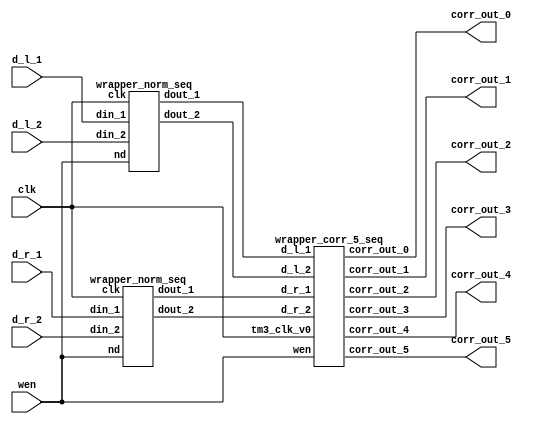

module wrapper_norm_corr_5_seq (clk, wen, d_l_1, d_l_2, d_r_1, d_r_2, corr_out_0, corr_out_1, corr_out_2, corr_out_3, corr_out_4, corr_out_5);

   parameter sh_reg_w  = 4'b1000;
   input clk; 
   input wen; 
   input[15:0] d_l_1; 
   input[15:0] d_l_2; 
   input[15:0] d_r_1; 
   input[15:0] d_r_2; 
   output[2 * sh_reg_w - 1:0] corr_out_0; 
   wire[2 * sh_reg_w - 1:0] corr_out_0;
   output[2 * sh_reg_w - 1:0] corr_out_1; 
   wire[2 * sh_reg_w - 1:0] corr_out_1;
   output[2 * sh_reg_w - 1:0] corr_out_2; 
   wire[2 * sh_reg_w - 1:0] corr_out_2;
   output[2 * sh_reg_w - 1:0] corr_out_3; 
   wire[2 * sh_reg_w - 1:0] corr_out_3;
   output[2 * sh_reg_w - 1:0] corr_out_4; 
   wire[2 * sh_reg_w - 1:0] corr_out_4;
   output[2 * sh_reg_w - 1:0] corr_out_5; 
   wire[2 * sh_reg_w - 1:0] corr_out_5;

   wire[sh_reg_w - 1:0] d_l_1_nrm; 
   wire[sh_reg_w - 1:0] d_l_2_nrm; 
   wire[sh_reg_w - 1:0] d_r_1_nrm; 
   wire[sh_reg_w - 1:0] d_r_2_nrm; 

   wrapper_norm_seq  norm_inst_left(.clk(clk), .nd(wen), .din_1(d_l_1), .din_2(d_l_2), .dout_1(d_l_1_nrm), .dout_2(d_l_2_nrm)); 
   wrapper_norm_seq  norm_inst_right(.clk(clk), .nd(wen), .din_1(d_r_1), .din_2(d_r_2), .dout_1(d_r_1_nrm), .dout_2(d_r_2_nrm)); 
   wrapper_corr_5_seq corr_5_inst (.tm3_clk_v0(clk), .wen(wen), .d_l_1(d_l_1_nrm), .d_l_2(d_l_2_nrm), .d_r_1(d_r_1_nrm), .d_r_2(d_r_2_nrm), .corr_out_0(corr_out_0), .corr_out_1(corr_out_1), .corr_out_2(corr_out_2), .corr_out_3(corr_out_3), .corr_out_4(corr_out_4), .corr_out_5(corr_out_5));
endmodule
module wrapper_corr_5_seq (tm3_clk_v0, wen, d_l_1, d_l_2, d_r_1, d_r_2, corr_out_0, corr_out_1, corr_out_2, corr_out_3, corr_out_4, corr_out_5);

   parameter sh_reg_w = 4'b1000; 

   input tm3_clk_v0; 
   input wen; 
   input[7:0] d_l_1; 
   input[7:0] d_l_2; 
   input[7:0] d_r_1; 
   input[7:0] d_r_2; 
   output[15:0] corr_out_0; 
   reg[15:0] corr_out_0;
   output[15:0] corr_out_1; 
   reg[15:0] corr_out_1;
   output[15:0] corr_out_2; 
   reg[15:0] corr_out_2;
   output[15:0] corr_out_3; 
   reg[15:0] corr_out_3;
   output[15:0] corr_out_4; 
   reg[15:0] corr_out_4;
   output[15:0] corr_out_5; 
   reg[15:0] corr_out_5;

   wire[sh_reg_w - 1:0] out_r1; 
   wire[sh_reg_w - 1:0] out_01; 
   wire[sh_reg_w - 1:0] out_11; 
   wire[sh_reg_w - 1:0] out_21; 
   wire[sh_reg_w - 1:0] out_31; 
   wire[sh_reg_w - 1:0] out_41; 
   wire[sh_reg_w - 1:0] out_51; 
   wire[sh_reg_w - 1:0] out_r2; 
   wire[sh_reg_w - 1:0] out_02; 
   wire[sh_reg_w - 1:0] out_12; 
   wire[sh_reg_w - 1:0] out_22; 
   wire[sh_reg_w - 1:0] out_32; 
   wire[sh_reg_w - 1:0] out_42; 
   wire[sh_reg_w - 1:0] out_52; 
   wire[2 * sh_reg_w - 1:0] corr_out_0_tmp; 
   wire[2 * sh_reg_w - 1:0] corr_out_1_tmp; 
   wire[2 * sh_reg_w - 1:0] corr_out_2_tmp; 
   wire[2 * sh_reg_w - 1:0] corr_out_3_tmp; 
   wire[2 * sh_reg_w - 1:0] corr_out_4_tmp; 
   wire[2 * sh_reg_w - 1:0] corr_out_5_tmp; 

   sh_reg  inst_sh_reg_r_1(tm3_clk_v0, wen, d_r_1, d_r_2, out_r1, out_r2); 
   sh_reg  inst_sh_reg_0(tm3_clk_v0, wen, d_l_1, d_l_2, out_01, out_02); 
   sh_reg  inst_sh_reg_1(tm3_clk_v0, wen, out_01, out_02, out_11, out_12); 
   sh_reg  inst_sh_reg_2(tm3_clk_v0, wen, out_11, out_12, out_21, out_22); 
   sh_reg  inst_sh_reg_3(tm3_clk_v0, wen, out_21, out_22, out_31, out_32); 
   sh_reg  inst_sh_reg_4(tm3_clk_v0, wen, out_31, out_32, out_41, out_42); 
   sh_reg  inst_sh_reg_5(tm3_clk_v0, wen, out_41, out_42, out_51, out_52); 
   corr_seq  inst_corr_0(tm3_clk_v0, wen, out_01, out_02, out_r1, out_r2, corr_out_0_tmp); 
   corr_seq  inst_corr_1(tm3_clk_v0, wen, out_11, out_12, out_r1, out_r2, corr_out_1_tmp); 
   corr_seq  inst_corr_2(tm3_clk_v0, wen, out_21, out_22, out_r1, out_r2, corr_out_2_tmp); 
   corr_seq  inst_corr_3(tm3_clk_v0, wen, out_31, out_32, out_r1, out_r2, corr_out_3_tmp); 
   corr_seq  inst_corr_4(tm3_clk_v0, wen, out_41, out_42, out_r1, out_r2, corr_out_4_tmp); 
   corr_seq  inst_corr_5(tm3_clk_v0, wen, out_51, out_52, out_r1, out_r2, corr_out_5_tmp); 

   always @(posedge tm3_clk_v0)
   begin
      if (wen == 1'b1)
         begin
            corr_out_0 <= corr_out_0_tmp ; 
            corr_out_1 <= corr_out_1_tmp ; 
            corr_out_2 <= corr_out_2_tmp ; 
            corr_out_3 <= corr_out_3_tmp ; 
            corr_out_4 <= corr_out_4_tmp ; 
            corr_out_5 <= corr_out_5_tmp ; 
         end 
         else
         begin
            corr_out_0 <= corr_out_0; 
            corr_out_1 <= corr_out_1; 
            corr_out_2 <= corr_out_2; 
            corr_out_3 <= corr_out_3; 
            corr_out_4 <= corr_out_4; 
            corr_out_5 <= corr_out_5; 
         end 
   end 
endmodule
module corr_seq (clk, new_data, in_l_re, in_l_im, in_r_re, in_r_im, corr_out);

    parameter sh_reg_w  = 4'b1000;
    input clk; 
    input new_data; 
    input[sh_reg_w - 1:0] in_l_re; 
    input[sh_reg_w - 1:0] in_l_im; 
    input[sh_reg_w - 1:0] in_r_re; 
    input[sh_reg_w - 1:0] in_r_im; 
    output[2 * sh_reg_w - 1:0] corr_out; 
    reg[2 * sh_reg_w - 1:0] corr_out;
    reg[sh_reg_w - 1:0] in_l_re_reg; 
    reg[sh_reg_w - 1:0] in_l_im_reg; 
    reg[sh_reg_w - 1:0] in_r_re_reg; 
    reg[sh_reg_w - 1:0] in_r_im_reg; 
    reg[2 * sh_reg_w - 1:0] lrexrre_reg; 
    reg[2 * sh_reg_w - 1:0] limxrim_reg; 
    reg[2 * sh_reg_w - 1:0] corr_out_tmp; 

    always @(posedge clk)
    begin
          if (new_data == 1'b1)
          begin
             in_l_re_reg <= in_l_re ; 
             in_l_im_reg <= in_l_im ; 
             in_r_re_reg <= in_r_re ; 
             in_r_im_reg <= in_r_im ; 
             corr_out <= corr_out_tmp ; 
          end 
          else
          begin
             in_l_re_reg <= in_l_re_reg ; 
             in_l_im_reg <= in_l_im_reg ; 
             in_r_re_reg <= in_r_re_reg ; 
             in_r_im_reg <= in_r_im_reg ; 
             corr_out <= corr_out; 
          end 
			// PAJ - replaced by me, but called mult_slow
             lrexrre_reg <= in_l_re_reg*in_r_re_reg ; 
             limxrim_reg <= in_l_im_reg*in_r_im_reg ; 
          corr_out_tmp <= lrexrre_reg + limxrim_reg ; 
    end 
 endmodule
module sh_reg (clk, wen, din_1, din_2, dout_1, dout_2);

   parameter sh_reg_w  = 4'b1000;
   input clk; 
   input wen; 
   input[sh_reg_w - 1:0] din_1; 
   input[sh_reg_w - 1:0] din_2; 
   output[sh_reg_w - 1:0] dout_1; 
   reg[sh_reg_w - 1:0] dout_1;
   output[sh_reg_w - 1:0] dout_2; 
   reg[sh_reg_w - 1:0] dout_2;

   always @(posedge clk)
   begin
         if (wen == 1'b1)
         begin
            dout_1 <= din_1 ; 
            dout_2 <= din_2 ; 
         end 
		else
		begin
            dout_1 <= dout_1 ; 
            dout_2 <= dout_2 ; 
		end
   end 
endmodule
module wrapper_norm_seq (clk, nd, din_1, din_2, dout_1, dout_2);

   parameter sh_reg_w  = 4'b1000;
   input clk; 
   input nd; 
   input[15:0] din_1; 
   input[15:0] din_2; 
   output[sh_reg_w - 1:0] dout_1; 
   wire[sh_reg_w - 1:0] dout_1;
   output[sh_reg_w - 1:0] dout_2; 
   wire[sh_reg_w - 1:0] dout_2;

   reg[15:0] din_1_reg; 
   reg[15:0] din_2_reg; 
   reg[15:0] din_1_tmp1; 
   reg[15:0] din_2_tmp1; 
   reg[15:0] din_1_tmp2; 
   reg[15:0] din_2_tmp2; 
   reg[15:0] addin_1; 
   reg[15:0] addin_2; 
   reg[16:0] add_out; 

   my_wrapper_divider my_div_inst_1 (nd, clk, din_1_tmp2, add_out, dout_1); 
   my_wrapper_divider my_div_inst_2 (nd, clk, din_2_tmp2, add_out, dout_2); 

   always @(posedge clk)
   begin
         if (nd == 1'b1)
         begin
            din_1_reg <= din_1 ; 
            din_2_reg <= din_2 ; 
         end 
         else
         begin
            din_1_reg <= din_1_reg ; 
            din_2_reg <= din_2_reg ; 
         end
 
         din_1_tmp1 <= din_1_reg ; 
         din_1_tmp2 <= din_1_tmp1 ; 
         din_2_tmp1 <= din_2_reg ; 
         din_2_tmp2 <= din_2_tmp1 ; 

         if ((din_1_reg[15]) == 1'b0)
         begin
            addin_1 <= din_1_reg ; 
         end
         else
         begin
            addin_1 <= 16'b0000000000000000 - din_1_reg ; 
         end 

         if ((din_2_reg[15]) == 1'b0)
         begin
            addin_2 <= din_2_reg + 16'b0000000000000001 ; 
         end
         else
         begin
            addin_2 <= 16'b0000000000000001 - din_2_reg ; 
         end 

         add_out <= ({addin_1[15], addin_1}) + ({addin_2[15], addin_2}) ; 
   end 
endmodule
module my_wrapper_divider(rst, clk, data_in_a, data_in_b, data_out);
	parameter INPUT_WIDTH_A = 5'b10000;
	parameter INPUT_WIDTH_B = 5'b10001;
	parameter OUTPUT_WIDTH = 4'b1000;

	parameter S1 = 2'b00;
	parameter S2 = 2'b01;
	parameter S3 = 2'b10;
	parameter S4 = 2'b11;

	input rst;
	input clk;
	input [INPUT_WIDTH_A-1:0]data_in_a;
	input [INPUT_WIDTH_B-1:0]data_in_b;
	output [OUTPUT_WIDTH-1:0]data_out;
	wire [OUTPUT_WIDTH-1:0]data_out;

	wire [OUTPUT_WIDTH-1:0]Remainder;

	reg start, LA, EB;
	wire Done;
	reg[1:0] y, Y;

	my_divider my_divider_inst(clk, rst, start, LA, EB, data_in_a, data_in_b, Remainder, data_out, Done);

	always @(posedge clk)
	begin
		if (rst == 0)
			y <= S1;
		else
			y <= Y;
	end

	always @(y)
	begin
		case (y)
			S1 :
			begin	
				LA = 0;
				EB = 0;
				start = 0;
				Y = S2;
			end
			S2 : 
			begin
				LA = 1;
				EB = 1;
				start = 0;
				Y = S3;
			end
			S3 : 
			begin
				LA = 0;
				EB = 0;
				start = 1;
				Y = S4;
			end
			S4 : 
			begin
				LA = 0;
				EB = 0;
				start = 0;
				if (Done == 1'b1)
				begin
					Y = S1;
				end
				else
				begin
					Y = S4;
				end
			end
		endcase
	end
endmodule
module my_divider(clk, rst, start, LA, EB, data_in_a, data_in_b, Remainder, data_out, Done);

	parameter INPUT_WIDTH_A = 5'b10000;
	parameter INPUT_WIDTH_B = 5'b10001;
	parameter OUTPUT_WIDTH = 4'b1000;
	parameter LOGN = 3'b100;

	parameter S1 = 2'b00;
	parameter S2 = 2'b01;
	parameter S3 = 2'b10;

	input clk;
	input [INPUT_WIDTH_A-1:0]data_in_a;
	input [INPUT_WIDTH_B-1:0]data_in_b;
	input rst;
	input start;
	input LA;
	input EB;
	output [OUTPUT_WIDTH-1:0]data_out;
	wire [OUTPUT_WIDTH-1:0]data_out;
	output [OUTPUT_WIDTH-1:0]Remainder;
	reg [OUTPUT_WIDTH-1:0]Remainder;
	output Done;
	reg Done;

	wire Cout, zero;
	wire [INPUT_WIDTH_A-1:0] Sum;
	reg [1:0] y, Y;
	reg [LOGN-1:0] Count;
	reg EA, Rsel, LR, ER, ER0, LC, EC;
	reg [INPUT_WIDTH_B-1:0] RegB;
	reg [INPUT_WIDTH_A-1:0] DataA;
	reg ff0;

	always @(start or y or zero)
	begin
		case(y)
			S1:
			begin
				if (start == 0)
					Y = S1;
				else
					Y = S2;
			end
			S2:
			begin
				if (zero == 0)
					Y = S2;
				else
					Y = S3;
			end
			S3:
			begin
				if (start == 1)
					Y = S3;
				else
					Y = S1;
			end
			default:
			begin
				Y = 2'b00;
			end
		endcase
	end

	always @(posedge clk)
	begin
		if (rst == 0)
			y <= S1;
		else
			y <= Y;
	end

	always @(y or start or Cout or zero)
	begin
		case (y)
			S1:
			begin
				LC = 1;
				ER = 1;
				EC = 0;
				Rsel = 0;
				Done = 0;
				if (start == 0)
				begin
					LR = 1;
					ER0 = 1;
					EA = 0;
				end	
				else
				begin
					LR = 0; 
					EA = 1;
					ER0 = 1;
				end
			end
			S2:
			begin
				LC = 0;
				ER = 1;
				Rsel = 1;	
				Done = 0;
				ER0 = 1;
				EA = 1;
				if (Cout)
					LR = 1;
				else
					LR = 0;
				if (zero == 0)
					EC = 1;
				else
					EC = 0;
			end
			S3:
			begin
				Done = 1;
				LR = 0;
				LC = 0;
				ER = 0;
				EC = 0;
				Rsel = 0;
				ER0 = 0;
				EA = 0;
			end
			default:
			begin
				Done = 0;
				LR = 0;
				LC = 0;
				ER = 0;
				EC = 0;
				Rsel = 0;
				ER0 = 0;
				EA = 0;
			end
		endcase
	end	

	always @(posedge clk)
	begin
		if (rst == 1)
		begin
			RegB <= 0;
			Remainder <= 0;
			DataA <= 0;
			ff0 <= 0;
			Count <= 0;
		end	
		else
		begin
			if (EB == 1)
			begin
				RegB <= data_in_b;
			end
			else
			begin
				RegB <= RegB;
			end

			if (LR == 1)
			begin
				Remainder <= Rsel ? Sum : 0;
			end
			else if (ER == 1)
			begin
				Remainder <= (Remainder << 1) | ff0;
			end
			else
			begin
				Remainder <= Remainder;
			end

			if (LA == 1)
			begin
				DataA <= data_in_a;
			end
			else if (EA == 1)
			begin
				DataA <= (DataA << 1) | Cout;
			end
			else
			begin
				DataA <= DataA;
			end

			if (ER0 == 1)
			begin
				ff0 <=  DataA[INPUT_WIDTH_A-1];
			end
			else
			begin
				ff0 <= 0;
			end

			if (LC == 1)
			begin
				Count <= 0;
			end
			else if (EC == 1)
			begin
				Count <= Count + 1;
			end
			else
			begin
				Count <= Count;
			end
		end
	end	

	assign zero = (Count == 0);
	assign Sum = {Remainder, ff0} + (~RegB + 1);
	assign Cout = Sum[INPUT_WIDTH_A-1:0];
	assign data_out = DataA; 

endmodule